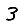
Digit: 3